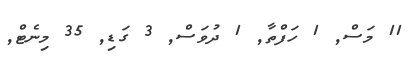
11 މަސް